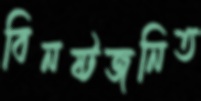
বিনষ্টজনিত